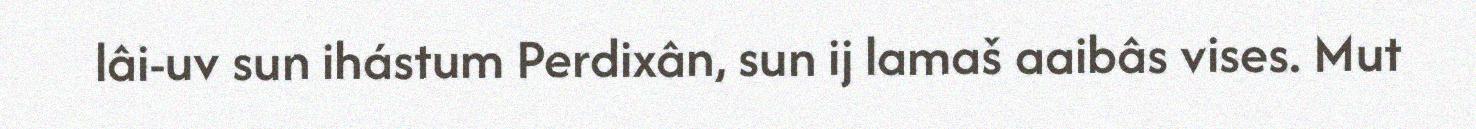
lâi-uv sun ihástum Perdixân, sun ij lamaš aaibâs vises. Mut